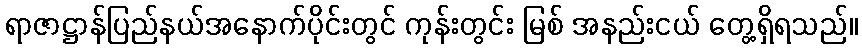
ရာဇာဋ္ဌာန်ပြည်နယ်အနောက်ပိုင်းတွင် ကုန်းတွင်း မြစ် အနည်းငယ် တွေ့ရှိရသည်။